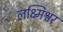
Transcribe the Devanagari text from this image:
लक्ष्मिश्वर